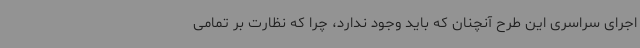
اجرای سراسری این طرح آنچنان که باید وجود ندارد، چرا که نظارت بر تمامی